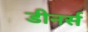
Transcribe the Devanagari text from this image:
डीनर्स